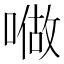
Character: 𠼏